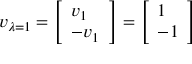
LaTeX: v _ { \lambda = 1 } = { \left[ \begin{array} { l } { v _ { 1 } } \\ { - v _ { 1 } } \end{array} \right] } = { \left[ \begin{array} { l } { 1 } \\ { - 1 } \end{array} \right] }